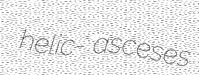
helic- asceses